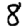
Digit: 8